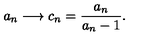
a _ { n } \longrightarrow c _ { n } = \frac { a _ { n } } { a _ { n } - 1 } .